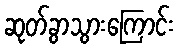
ဆုတ်ခွာသွားကြောင်း